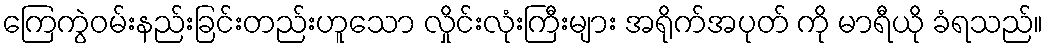
ကြေကွဲဝမ်းနည်းခြင်းတည်းဟူသော လှိုင်းလုံးကြီးများ အရိုက်အပုတ် ကို မာရီယို ခံရသည်။